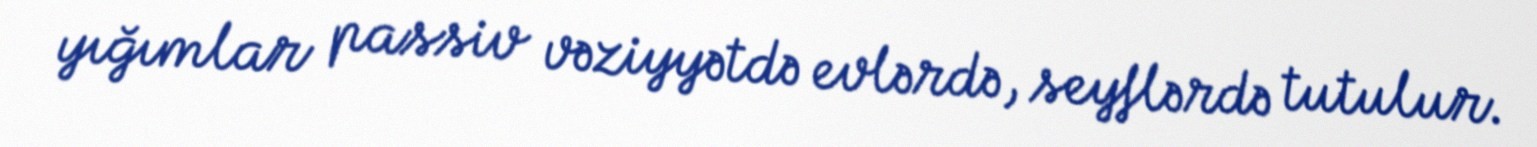
yığımlar passiv vəziyyətdə evlərdə, seyflərdə tutulur.